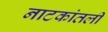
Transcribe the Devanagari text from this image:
नाटकांतली